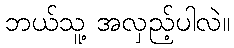
ဘယ်သူ့ အလှည့်ပါလဲ။